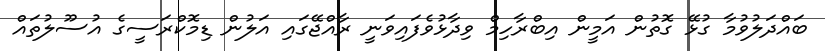
ބައްދަލުވުމާ ގުޅޭ ގޮތުން އަމީން އިބްރާހިމް ވިދާޅުވެފައިވަނީ ރާއްޖޭގައި އަލުން ޑިމޮކްރަސީގެ އުސޫލުތައް